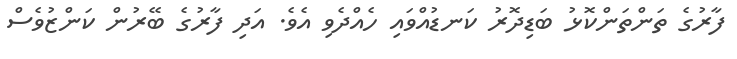
ފާރުގެ ތަންތަންކޮޅު ބަޑިދޮރު ކަނޑުއްވައި ހެއްދެވި އެވެ. އަދި ފާރުގެ ބޭރުން ކަންޒުވެސް